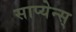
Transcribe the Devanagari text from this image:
साप्येन्स्